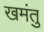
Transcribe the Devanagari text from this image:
खमंतु